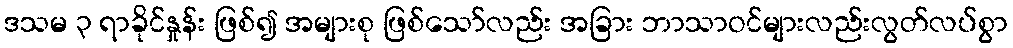
ဒသမ ၃ ရာခိုင်နှုန်း ဖြစ်၍ အများစု ဖြစ်သော်လည်း အခြား ဘာသာဝင်များလည်းလွတ်လပ်စွာ